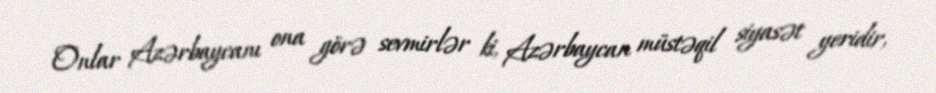
Onlar Azərbaycanı ona görə sevmirlər ki, Azərbaycan müstəqil siyasət yeridir,